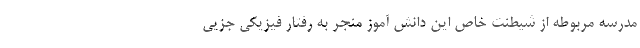
مدرسه مربوطه از شیطنت خاص این دانش آموز منجر به رفتار فیزیکی جزیی